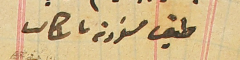
طبق مسودة باشكاتب